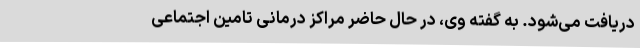
دریافت می‌شود. به گفته وی، در حال حاضر مراکز درمانی تامین اجتماعی